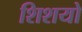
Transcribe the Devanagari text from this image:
शिशयो